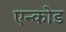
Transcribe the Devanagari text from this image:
एन्कोड